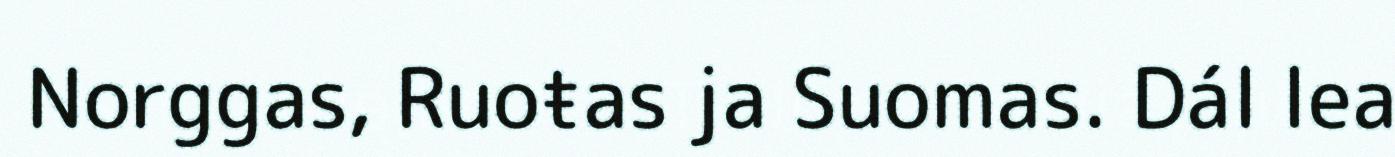
Norggas, Ruoŧas ja Suomas. Dál lea